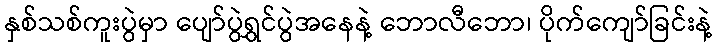
နှစ်သစ်ကူးပွဲမှာ ပျော်ပွဲရွှင်ပွဲအနေနဲ့ ဘောလီဘော၊ ပိုက်ကျော်ခြင်းနဲ့